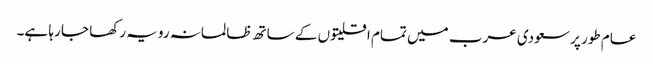
عام طور پر سعودی عرب میں تمام اقلیتوں کے ساتھ ظالمانہ رویہ رکھا جا رہا ہے۔